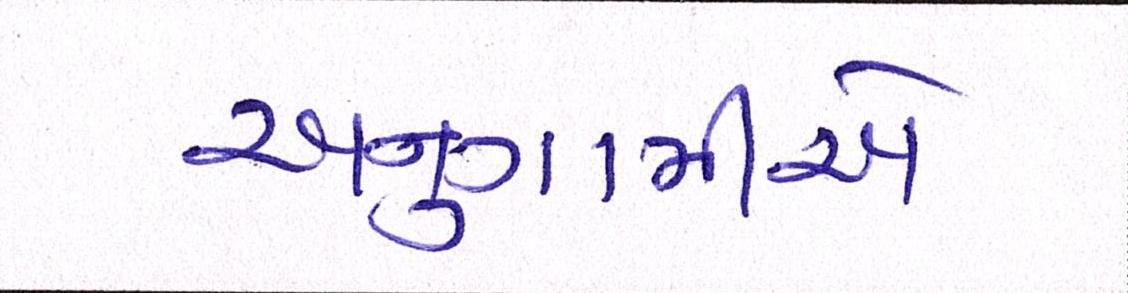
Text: અનુગામીએ